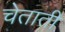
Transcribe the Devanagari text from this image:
चेताती